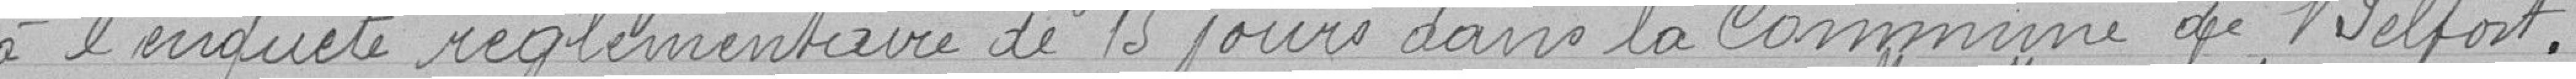
à l'enquête réglementaire de 15 jours dans la Commune de Belfort.